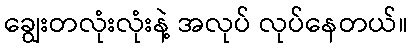
ချွေးတလုံးလုံးနဲ့ အလုပ် လုပ်နေတယ်။